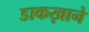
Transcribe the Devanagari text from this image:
डाकख़ाने